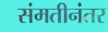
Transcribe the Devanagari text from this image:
संमतीनंतर